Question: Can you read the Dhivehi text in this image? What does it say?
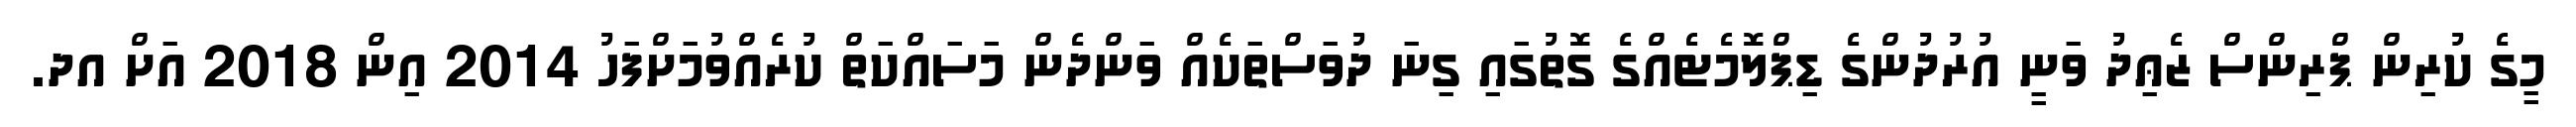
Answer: މީގެ ކުރިން ޕްރިންސް ޒެޢިދު ވަނީ އުރުދުންގެ ޑިޕްލޮމެޓެއްގެ ގޮތުގައި ގިނަ ދުވަސްތަކެއް ވަންދެން މަސައްކަތް ކުރެއްވުމަށްފަހު 2014 އިން 2018 އަށް އދ.